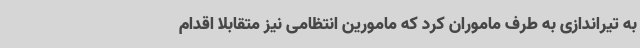
به تیراندازی به طرف ماموران کرد که مامورین انتظامی نیز متقابلاً اقدام